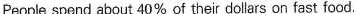
People spend about 40% of their dollars on fast food.